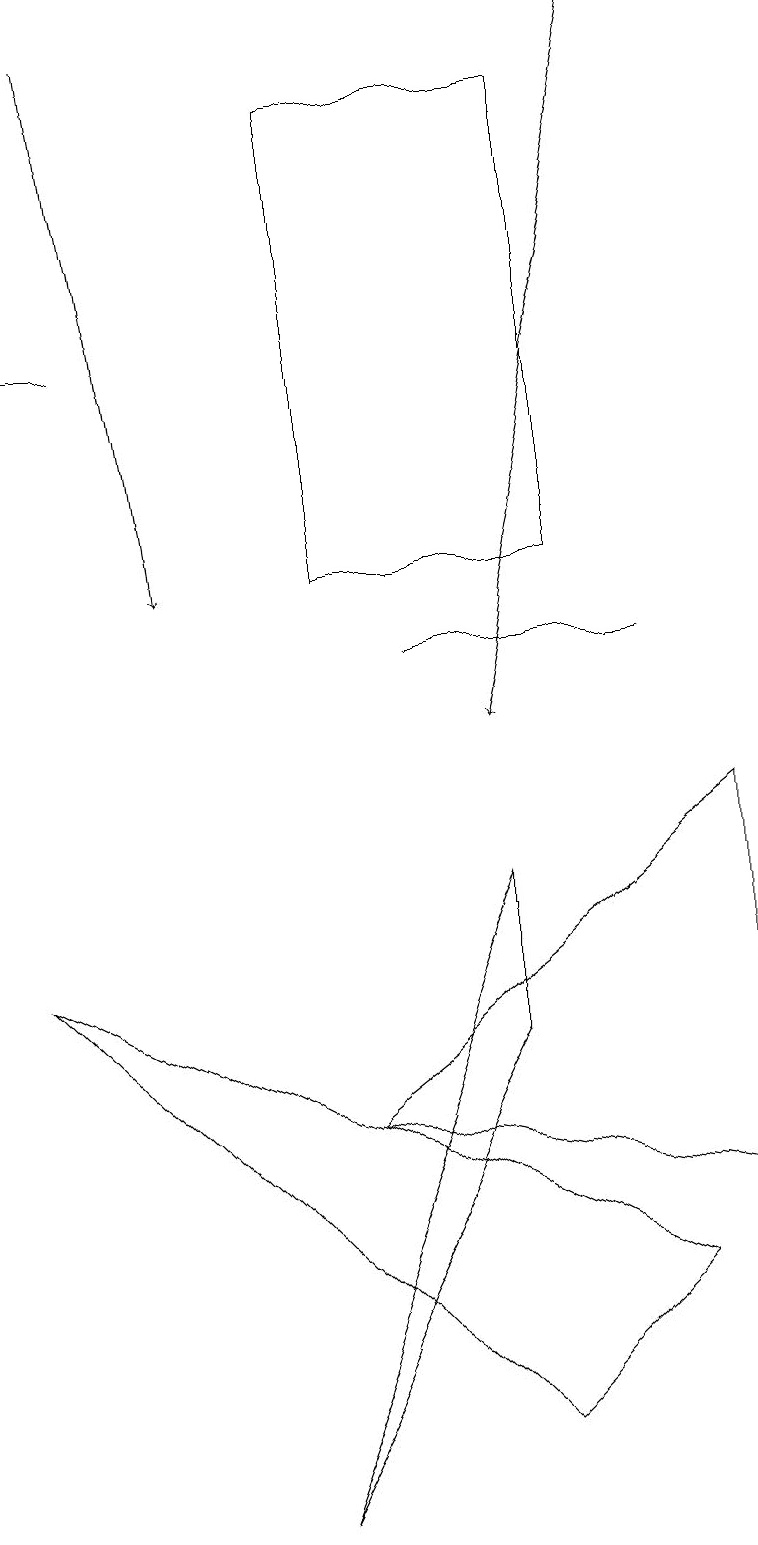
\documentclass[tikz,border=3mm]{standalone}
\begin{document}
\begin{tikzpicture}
\draw (4,18) rectangle (7,12);
\draw[->] (8,19) -- (6,10);
\draw (4,5) -- (9,9) -- (9,4) -- cycle;
\draw (0,15) rectangle (1,15);
\draw (6,6) -- (3,0) -- (6,8) -- cycle;
\draw[->] (1,19) -- (2,12);
\draw (6,1) -- (0,7) -- (8,3) -- cycle;
\draw (5,11) rectangle (8,11);
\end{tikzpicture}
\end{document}